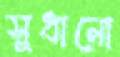
সুধানো